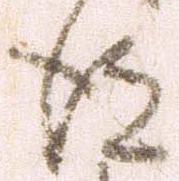
後